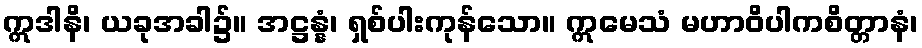
ဣဒါနိ၊ ယခုအခါ၌။ အဋ္ဌန္နံ၊ ရှစ်ပါးကုန်သော။ ဣမေသံ မဟာဝိပါကစိတ္တာနံ၊